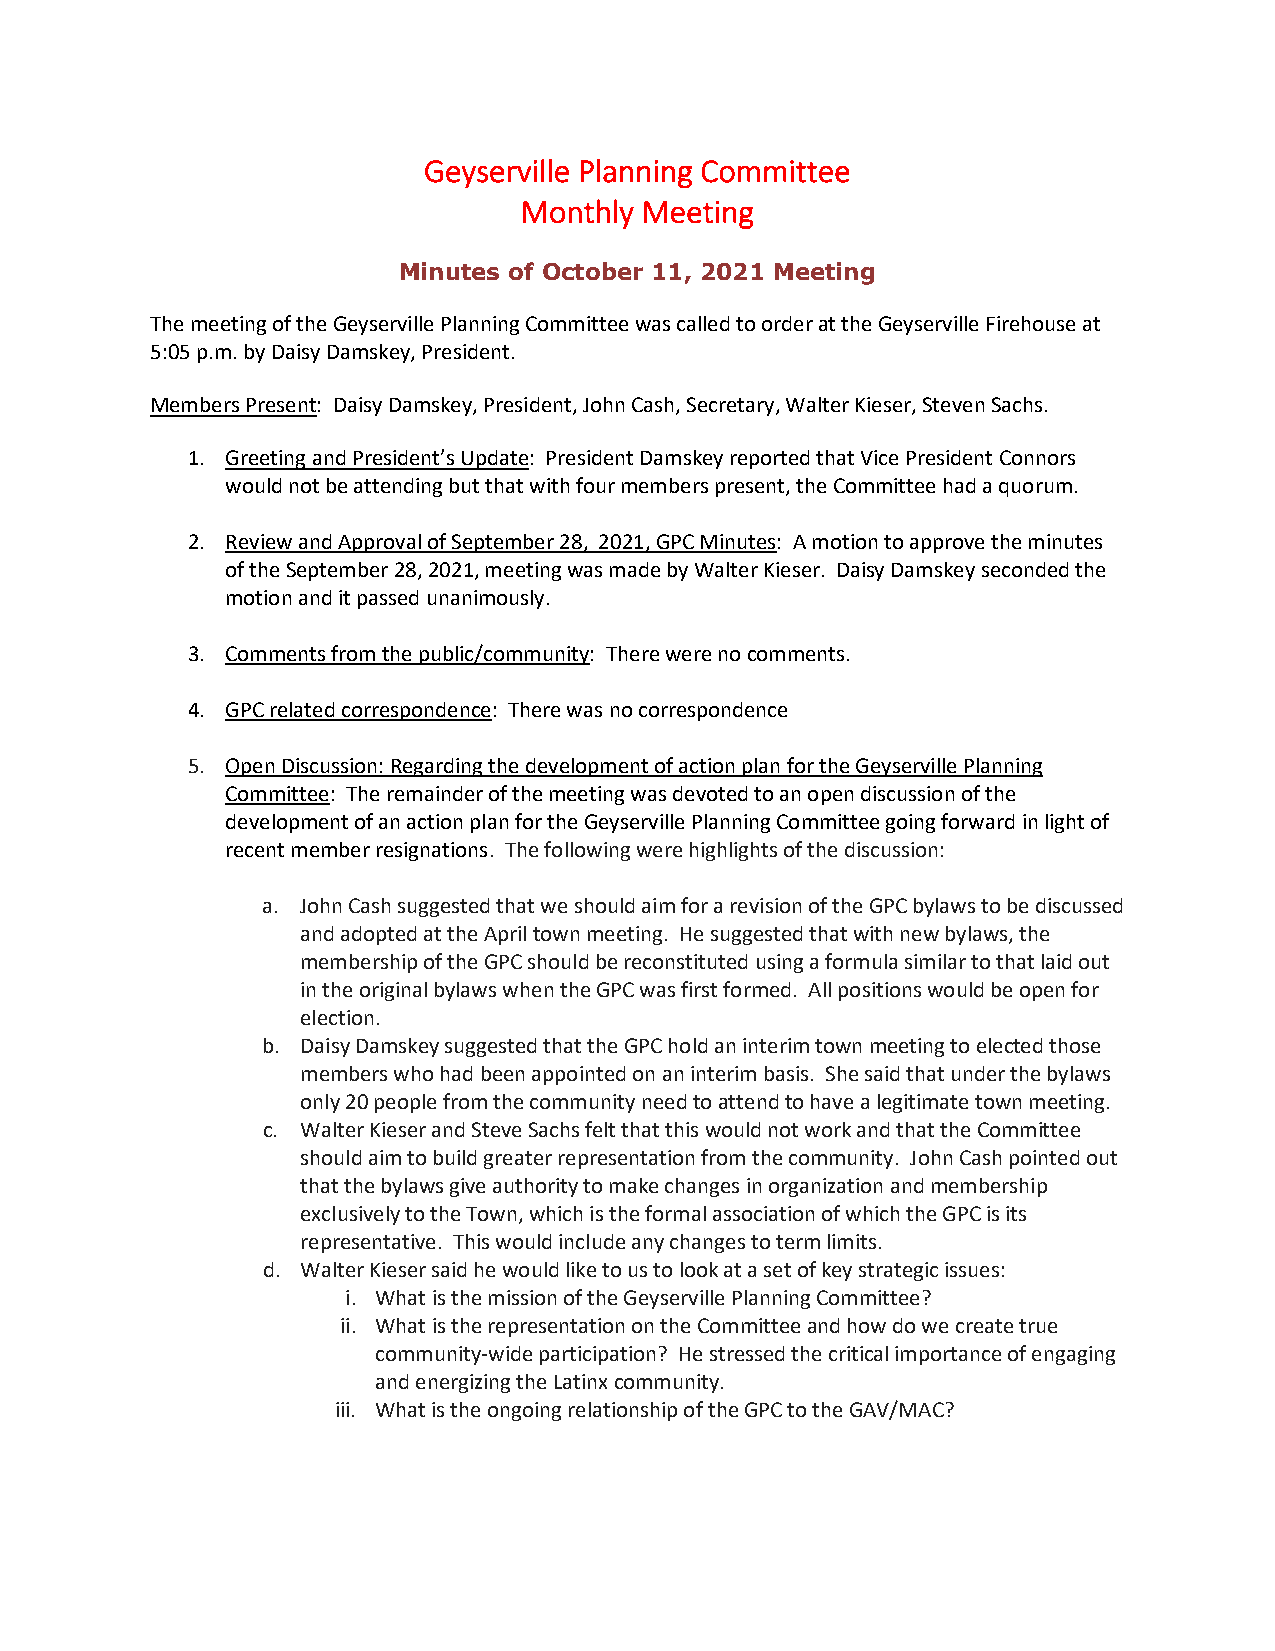
Geyserville Planning Committee
 Monthly Meeting
 Minutes of October 11, 2021 Meeting
 The meeting of the Geyserville Planning Committee was called to order at the Geyserville Firehouse at
 5:05 p.m. by Daisy Damskey, President.
 Members Present: Daisy Damskey, President, John Cash, Secretary, Walter Kieser, Steven Sachs.
 1. Greeting and President’s Update: President Damskey reported that Vice President Connors
 would not be attending but that with four members present, the Committee had a quorum.
 2. Review and Approval of September 28, 2021, GPC Minutes: A motion to approve the minutes
 of the September 28, 2021, meeting was made by Walter Kieser. Daisy Damskey seconded the
 motion and it passed unanimously.
 3. Comments from the public/community: There were no comments.
 4. GPC related correspondence: There was no correspondence
 5. Open Discussion: Regarding the development of action plan for the Geyserville Planning
 Committee: The remainder of the meeting was devoted to an open discussion of the
 development of an action plan for the Geyserville Planning Committee going forward in light of
 recent member resignations. The following were highlights of the discussion:
 a. John Cash suggested that we should aim for a revision of the GPC bylaws to be discussed
 and adopted at the April town meeting. He suggested that with new bylaws, the
 membership of the GPC should be reconstituted using a formula similar to that laid out
 in the original bylaws when the GPC was first formed. All positions would be open for
 election.
 b. Daisy Damskey suggested that the GPC hold an interim town meeting to elected those
 members who had been appointed on an interim basis. She said that under the bylaws
 only 20 people from the community need to attend to have a legitimate town meeting.
 c. Walter Kieser and Steve Sachs felt that this would not work and that the Committee
 should aim to build greater representation from the community. John Cash pointed out
 that the bylaws give authority to make changes in organization and membership
 exclusively to the Town, which is the formal association of which the GPC is its
 representative. This would include any changes to term limits.
 d. Walter Kieser said he would like to us to look at a set of key strategic issues:
 i. What is the mission of the Geyserville Planning Committee?
 ii. What is the representation on the Committee and how do we create true
 community-wide participation? He stressed the critical importance of engaging
 and energizing the Latinx community.
 iii. What is the ongoing relationship of the GPC to the GAV/MAC?